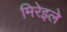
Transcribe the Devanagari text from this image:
मिरेइले